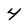
Character: 4